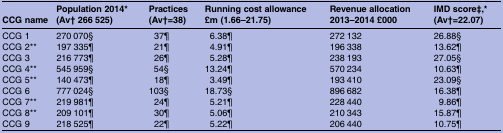
<table><thead><tr><td><b>CCG name</b></td><td><b>Population 2014* (Av† 266 525)</b></td><td><b>Practices (Av†=38)</b></td><td><b>Running cost allowance £m (1.66–21.75)</b></td><td><b>Revenue allocation 2013–2014 £000</b></td><td><b>IMD score‡,* (Av†=22.07)</b></td></tr></thead><tbody><tr><td>CCG 1</td><td>270 070§</td><td>37¶</td><td>6.38¶</td><td>272 132</td><td>26.88§</td></tr><tr><td>CCG 2**</td><td>197 335¶</td><td>21¶</td><td>4.91¶</td><td>196 338</td><td>13.62¶</td></tr><tr><td>CCG 3</td><td>216 773¶</td><td>26¶</td><td>5.28¶</td><td>238 193</td><td>27.05§</td></tr><tr><td>CCG 4**</td><td>545 959§</td><td>54§</td><td>13.24¶</td><td>570 234</td><td>10.63¶</td></tr><tr><td>CCG 5**</td><td>140 473¶</td><td>18¶</td><td>3.49¶</td><td>193 410</td><td>23.09§</td></tr><tr><td>CCG 6</td><td>777 024§</td><td>103§</td><td>18.73§</td><td>896 682</td><td>16.38¶</td></tr><tr><td>CCG 7**</td><td>219 981¶</td><td>24¶</td><td>5.21¶</td><td>228 440</td><td>9.86¶</td></tr><tr><td>CCG 8**</td><td>209 101¶</td><td>30¶</td><td>5.06¶</td><td>210 343</td><td>15.87¶</td></tr><tr><td>CCG 9</td><td>218 525¶</td><td>22¶</td><td>5.22¶</td><td>206 440</td><td>10.75¶</td></tr></tbody></table>